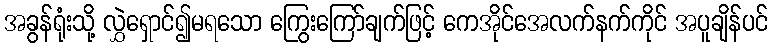
အခွန်ရုံးသို့ လွှဲရှောင်၍မရသော ကြွေးကြော်ချက်ဖြင့် ကေအိုင်အေလက်နက်ကိုင် အပူချိန်ပင်